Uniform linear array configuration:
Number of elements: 64
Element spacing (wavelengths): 1
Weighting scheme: binomial
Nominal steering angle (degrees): -45
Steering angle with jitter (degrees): -46.385
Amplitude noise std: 0.05
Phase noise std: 0.05

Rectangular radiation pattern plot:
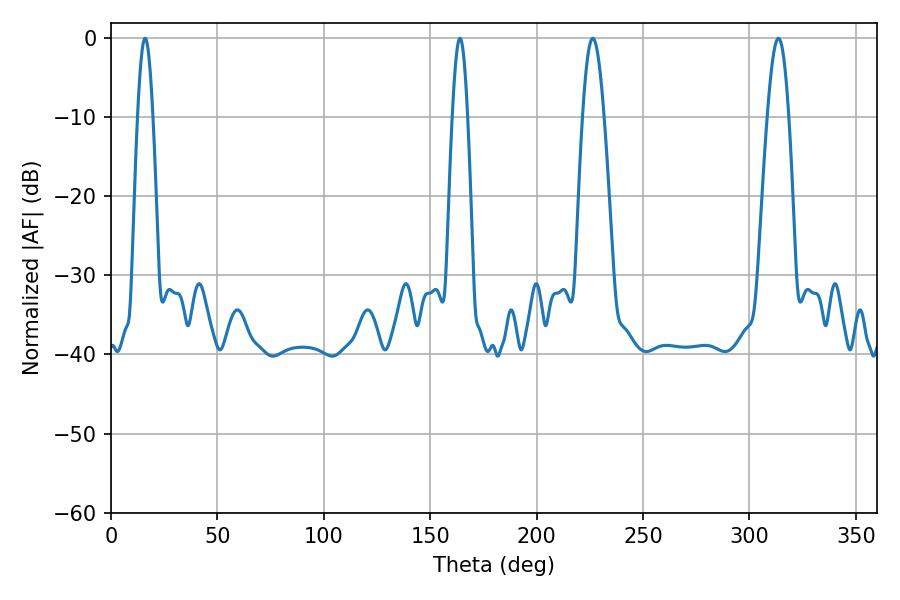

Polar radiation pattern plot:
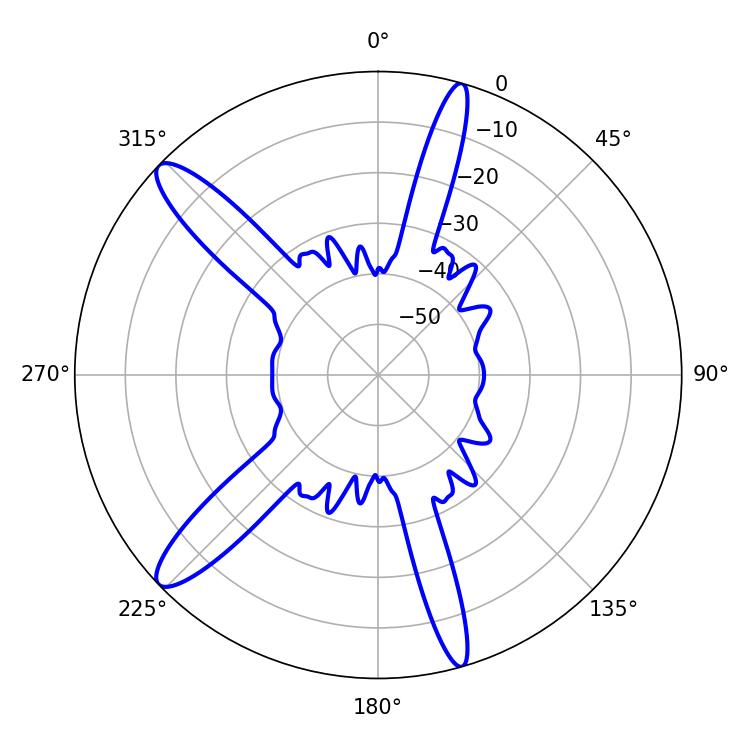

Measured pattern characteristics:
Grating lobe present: TRUE
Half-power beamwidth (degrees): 3.96
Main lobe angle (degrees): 16.02